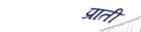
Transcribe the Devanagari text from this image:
प्राती